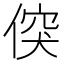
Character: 𠊲